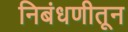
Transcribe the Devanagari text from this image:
निबंधणीतून